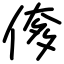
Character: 偧